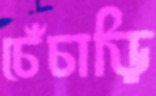
চেঁচাড়ি